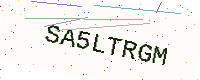
Text: SA5LTRGM